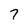
Character: 7